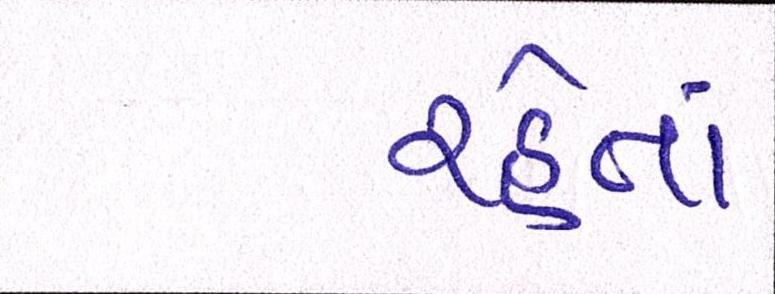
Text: રહેતાં